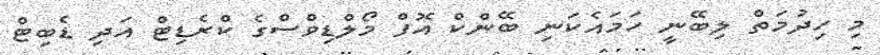
މި ހިދުމަތް ލިބޭނީ ހަމައެކަނި ބޭންކް އޮފް މޯލްޑިވްސްގެ ކްރެޑިޓް އަދި ޑެބިޓް